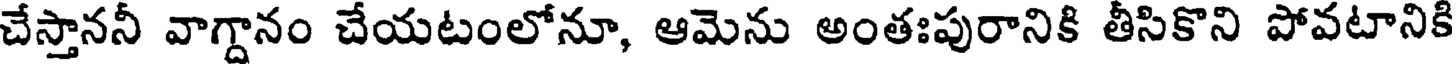
చేస్తాననీ వాగ్దానం చేయటంలోనూ, ఆమెను అంతఃపురానికి తీసికొని పోవటానికి